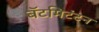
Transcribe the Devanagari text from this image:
बॅटमिटंटन